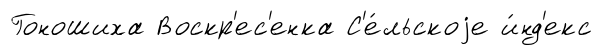
Гоношиха Воскр'ес'енка С'е́льскоjе и́нд'екс